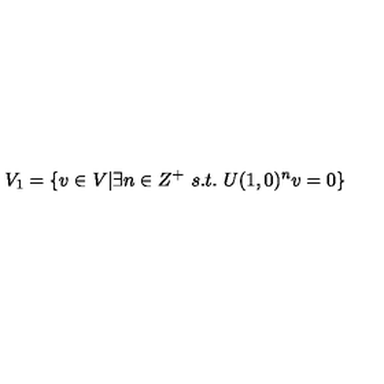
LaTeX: V _ { 1 } = \{ v \in V | \exists n \in Z ^ { + } \ s . t . \ U ( 1 , 0 ) ^ { n } v = 0 \}